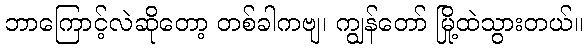
ဘာကြောင့်လဲဆိုတော့ တစ်ခါကဗျ၊ ကျွန်တော် မြို့ထဲသွားတယ်။